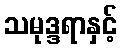
သမုဒ္ဒရာနှင့်